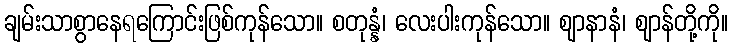
ချမ်းသာစွာနေရကြောင်းဖြစ်ကုန်သော။ စတုန္နံ၊ လေးပါးကုန်သော။ ဈာနာနံ၊ ဈာန်တို့ကို။